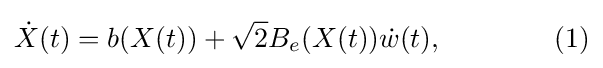
{\dot {X}}(t)={b}(X(t))+{\sqrt {2}}{B}_{e}(X(t)){\dot {w}}(t),\qquad \qquad (1)